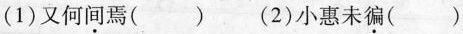
(1)又何间焉( ) (2)小惠未润( )